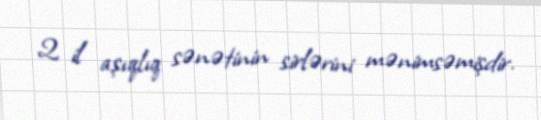
2 il aşıqlıq sənətinin sirlərini mənimsəmişdir.